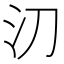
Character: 𣱼